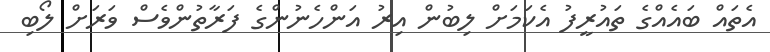
އެތައް ބައެއްގެ ތައުރީފު އެކަމަށް ލިބުން އިރު އަންހެނުންގެ ފަރާތުންވެސް ވަރަށް ލޯބި